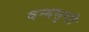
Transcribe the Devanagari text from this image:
वन्यसृष्टी